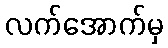
လက်အောက်မှ